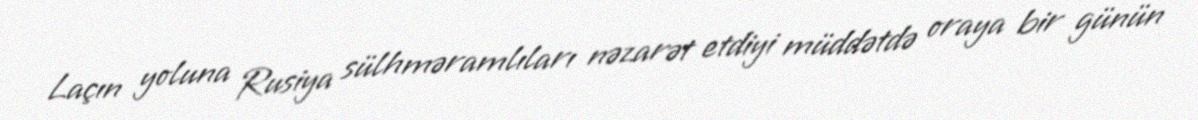
Laçın yoluna Rusiya sülhməramlıları nəzarət etdiyi müddətdə oraya bir günün